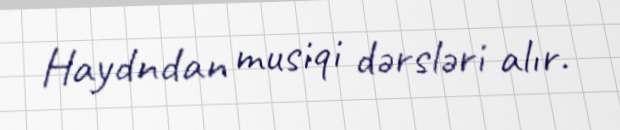
Haydndan musiqi dərsləri alır.